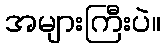
အများကြီးပဲ။